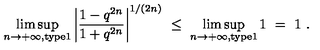
\limsup _ { n \to + \infty , \mathrm { t y p e 1 } } \left| \frac { 1 - q ^ { 2 n } } { 1 + q ^ { 2 n } } \right| ^ { 1 / ( 2 n ) } \ \le \ \limsup _ { n \to + \infty , \mathrm { t y p e 1 } } 1 \ = \ 1 \ .